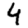
Digit: 4